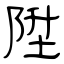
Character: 陞